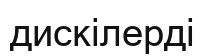
дискілерді